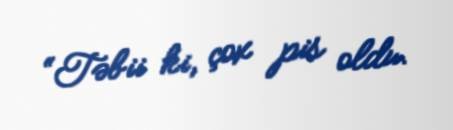
“Təbii ki, çox pis oldu.